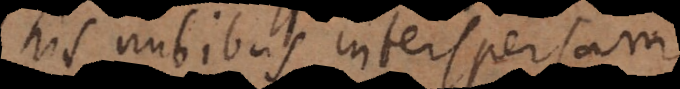
his nubibus interspersam